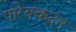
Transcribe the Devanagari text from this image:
पारेक्कदन